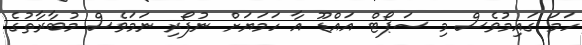
ހަމަ ގައިމުވެސް މި ސަޕޯޓް އައްޑޫ އާ ހަމަޔަށް ނުފޯރި ނަމަވެސް މުބާރާތުގެ